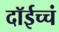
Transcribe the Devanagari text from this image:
दॉईच्चं